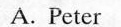
A. Peter